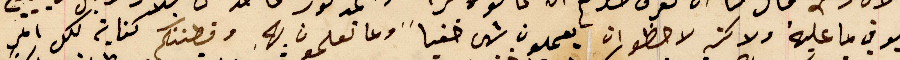
ويوفي ما عليهُ ولاكن لاحظو ان يعملون شى خفياً وما تعلمون بهِ وفطنتكم كفاية لكل امرٍ